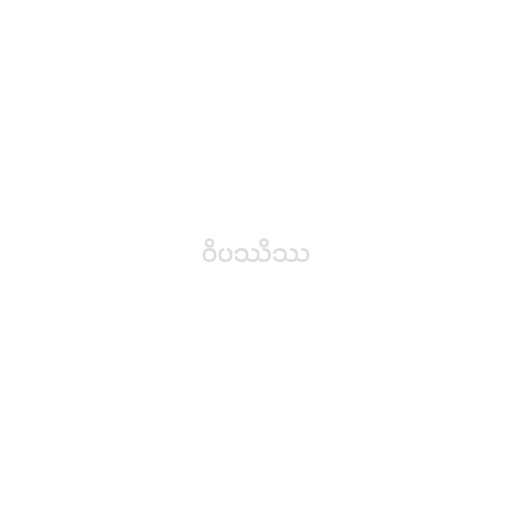
ဝိပဿိဿ